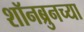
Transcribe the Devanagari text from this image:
शॉनब्रुनच्या